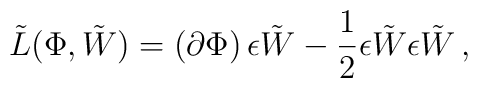
{\tilde L}(\Phi ,\tilde{W})=\left(\partial \Phi \right) \epsilon \tilde{W}-\frac{1}{2}\epsilon\tilde{W}\epsilon \tilde{W}\,,